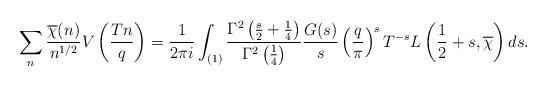
LaTeX: \begin{align*}\sum_n \frac{\overline{\chi}(n)}{n^{1/2}} V \left( \frac{Tn}{q}\right) &= \frac{1}{2\pi i}\int_{(1)} \frac{\Gamma^2 \left( \frac{s}{2} + \frac{1}{4}\right)}{\Gamma^2 \left( \frac{1}{4}\right)} \frac{G(s)}{s} \left( \frac{q}{\pi}\right)^s T^{-s} L \left( \frac{1}{2} + s, \overline{\chi}\right) ds.\end{align*}